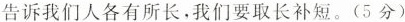
告诉我们人各有所长，我们要取长补短。(5分)